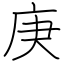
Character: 庚